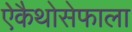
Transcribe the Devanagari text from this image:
ऐकैथोसेफाला